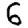
Digit: 6